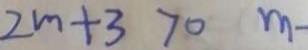
2 m + 3 > 0 m -